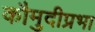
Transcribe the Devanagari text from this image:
कौमुदीप्रभा